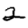
Digit: 2